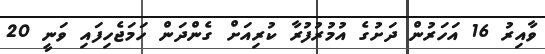
ވާއިރު 16 އަހަރުން ދަށުގެ އުމުރުފުރާ ކުރިއަށް ގެންދަން ހަމަޖެހިފައި ވަނީ 20